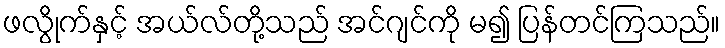
ဖလွိုက်နှင့် အယ်လ်တို့သည် အင်ဂျင်ကို မ၍ ပြန်တင်ကြသည်။